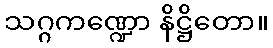
သဂ္ဂကဏ္ဍော နိဋ္ဌိတော။